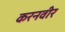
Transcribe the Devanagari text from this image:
करनवीर